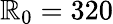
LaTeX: \mathbb{R}_{0}=320